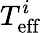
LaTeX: T_{\mathrm{eff}}^{i}